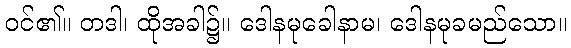
ဝင်၏။ တဒါ၊ ထိုအခါ၌။ ဒေါနမုခေါနာမ၊ ဒေါနမုခမည်သော။